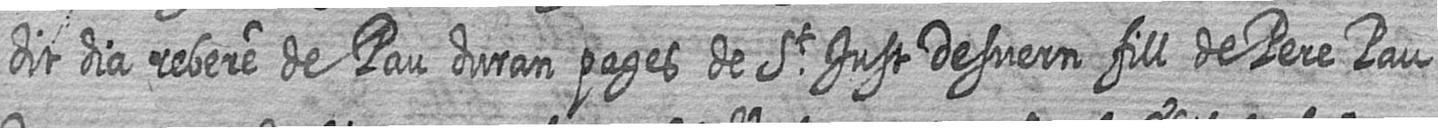
dit dia rebere de Pau duran pages de St Just Desvern fill de Pere Pau